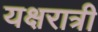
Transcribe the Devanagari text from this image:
यक्षरात्री